Maa-_ja_perenaiste_seltsid, lk 90
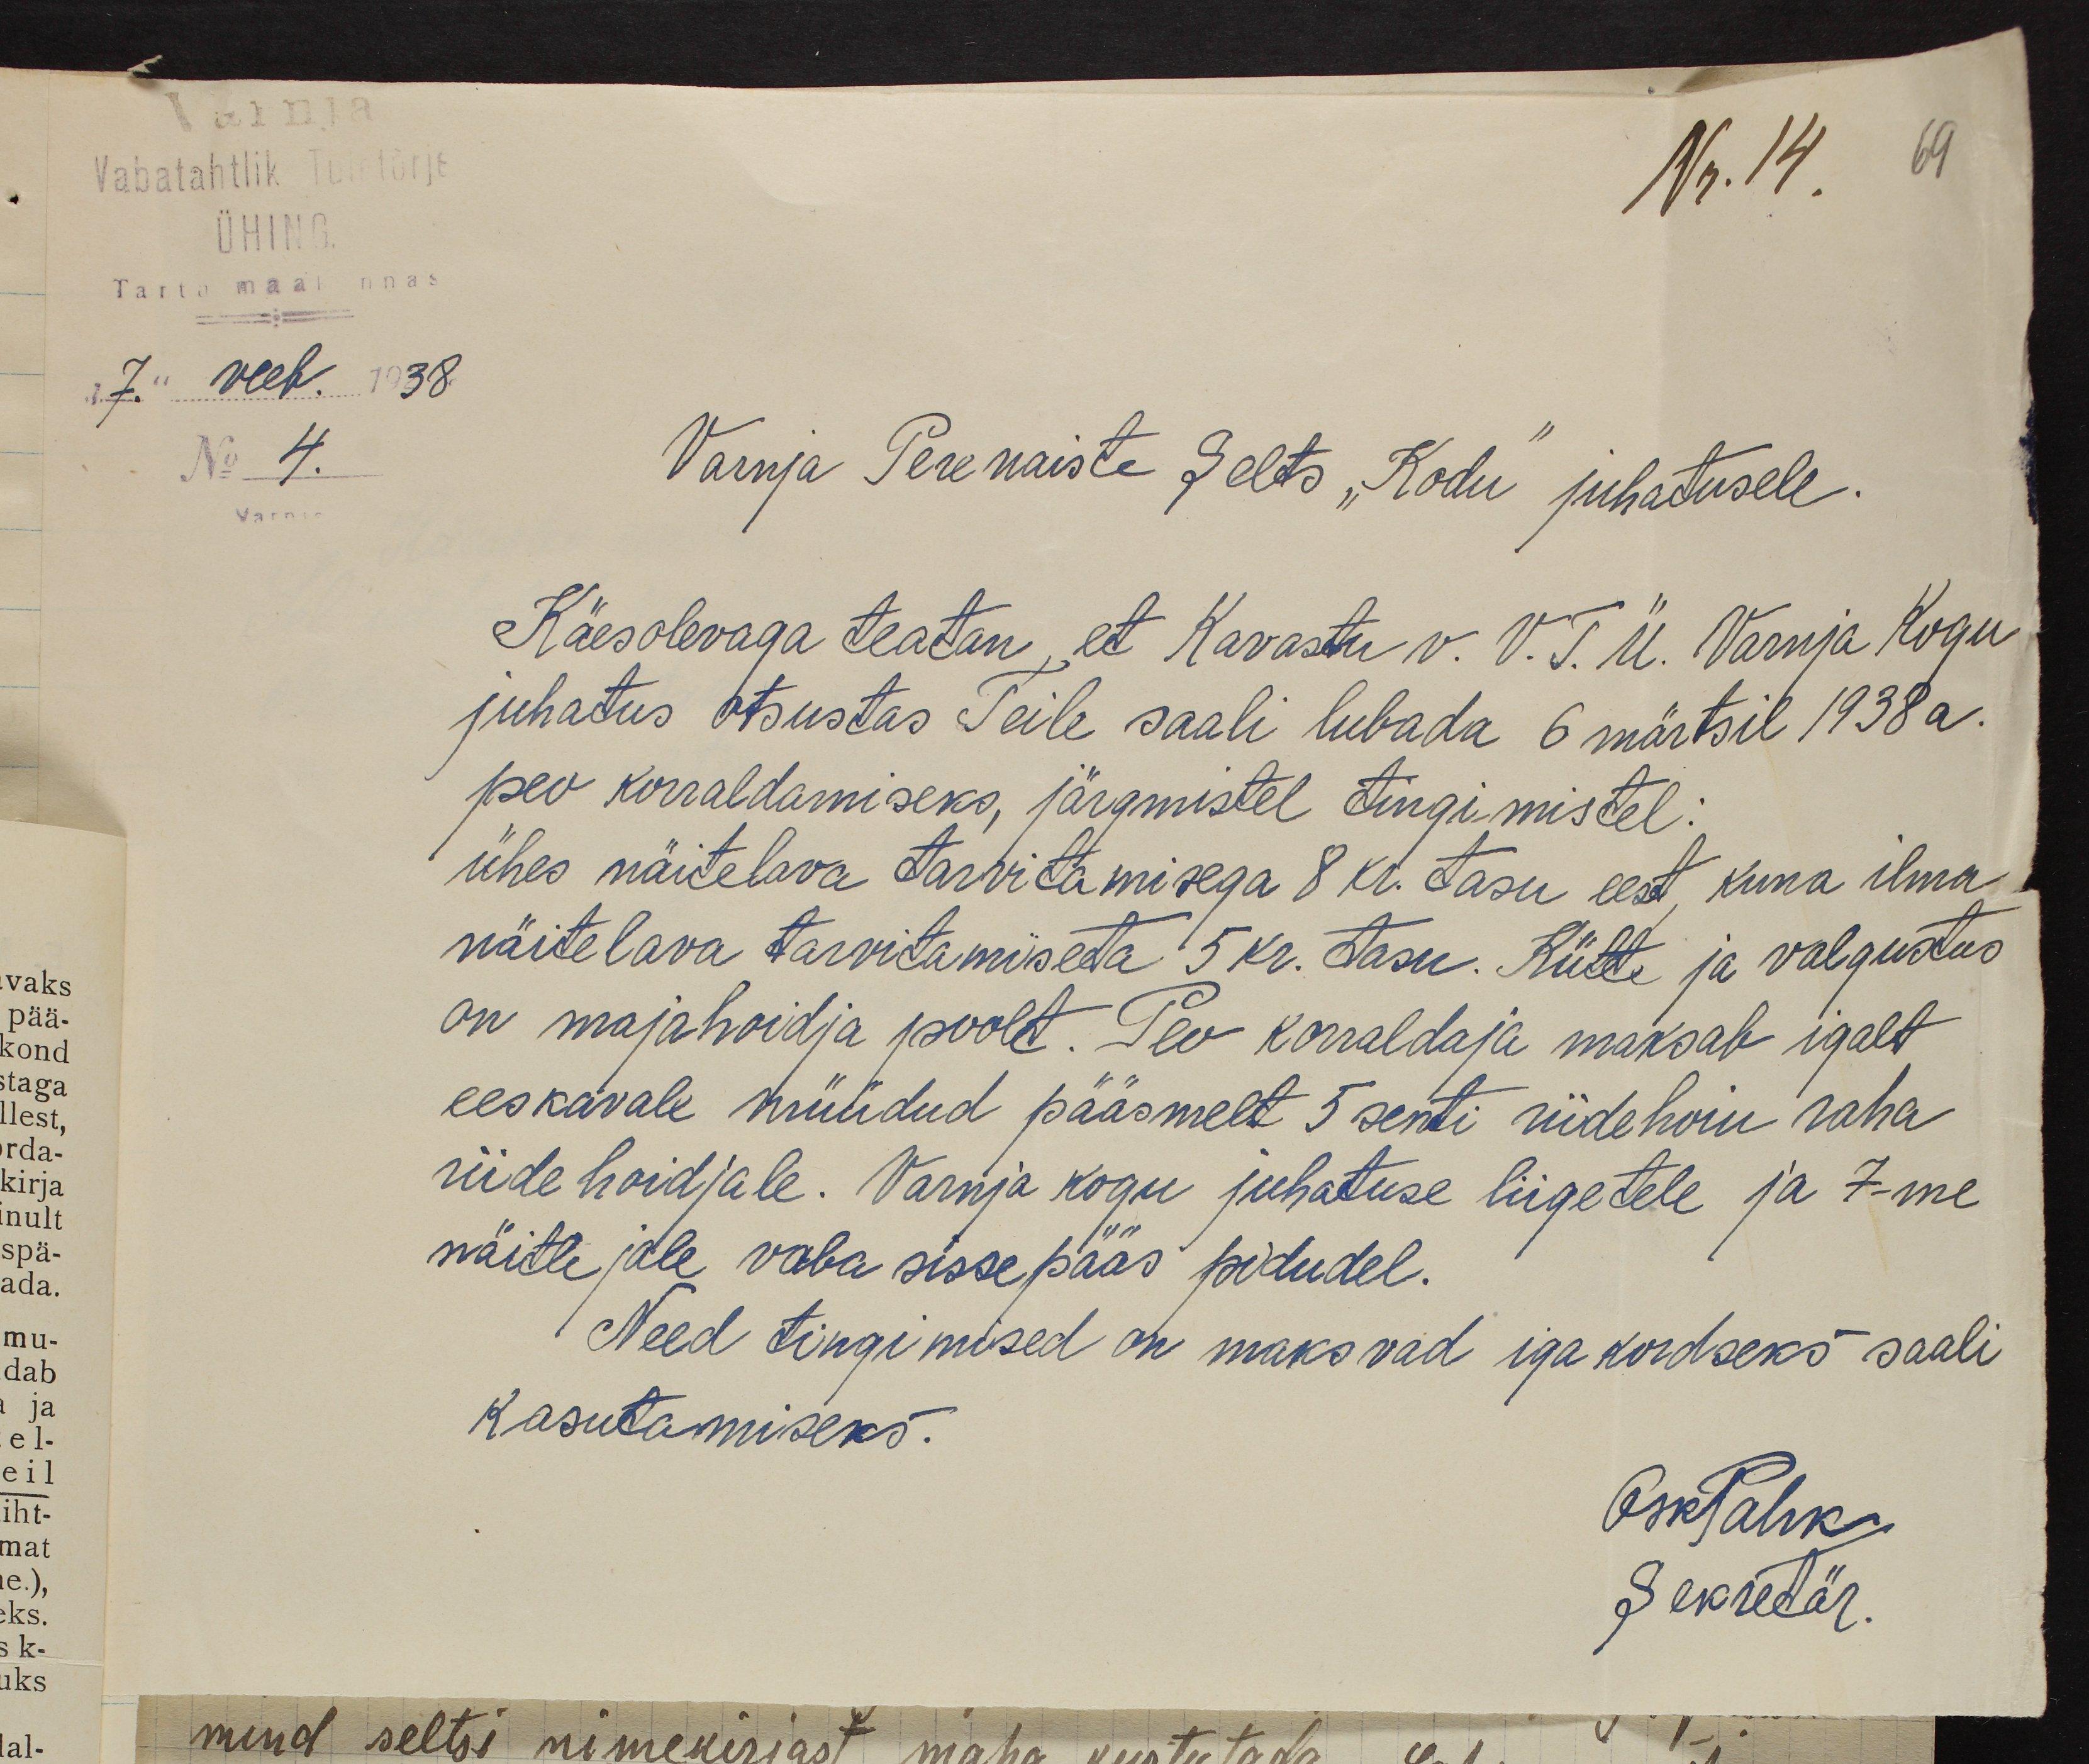
Varnja
Vabatahtlik Tuletõrje
Nr. 14.
69
ÜHING
Tartu maak nnas
"7." veeb. 1938.
No 4.
Varnja
Varnja Perenaiste Selts "Kodu" juhatusele.
Käesolevaga teatan, et Kavastu v. V. T. Ü. Varnja Kogu
juhatus otsustas Teile saali lubada 6 märtsil 1938 a.
peo korraldamiseks, järgmistel tingimistel:
ühes näitelava tarvitamisega 8 kr. tasu eest, kuna ilma
näitelava tarvitamiseta 5 kr. tasu. Kütte ja valgustus
on majahoidja poolt. Peo korraldaja maksab igalt
eeskavale müüdud pääsmelt 5 senti riidehoiu raha
riide hoidjale. Varnja kogu juhatuse liigetele ja 7-me
näitlejale vaba sissepääs pidudel.
Need tingimised on maksvad iga kordseks saali
kasutamiseks.
OskPahk
Sekretär.